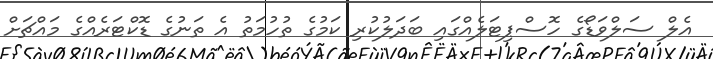
އެލް ސަލްވަޑޯގެ ހޮސްޕިޓަލެއްގައި ބަދަލުކުރި ކަމުގެ ތުހުމަތު އެ ތަނުގެ ޑޮކްޓަރެއްގެ މައްޗަށް